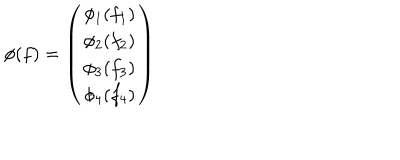
\phi ( f ) = \left( \begin{matrix} { { \phi _ { 1 } ( f _ { 1 } ) } } \\ { { \phi _ { 2 } ( f _ { 2 } ) } } \\ { { \phi _ { 3 } ( f _ { 3 } ) } } \\ { { \phi _ { 4 } ( f _ { 4 } ) } } \\ \end{matrix} \right)